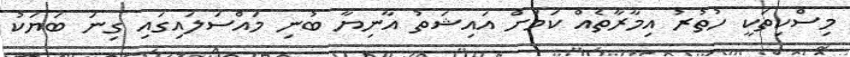
މިސްކިތަކީ ހުތުރު އިމާރާތެއް ކަމަށް އައިޝަތު އާނިޔާ ބުނި މައްސަލައިގައި ގިނަ ބަޔަކު